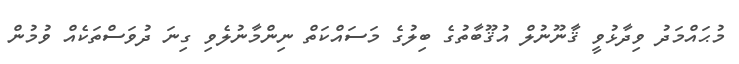
މުޙައްމަދު ވިދާޅުވީ ޤާނޫނުލް އުޤޫބާތުގެ ބިލުގެ މަސައްކަތް ނިންމާނުލެވި ގިނަ ދުވަސްތަކެއް ވުމުން